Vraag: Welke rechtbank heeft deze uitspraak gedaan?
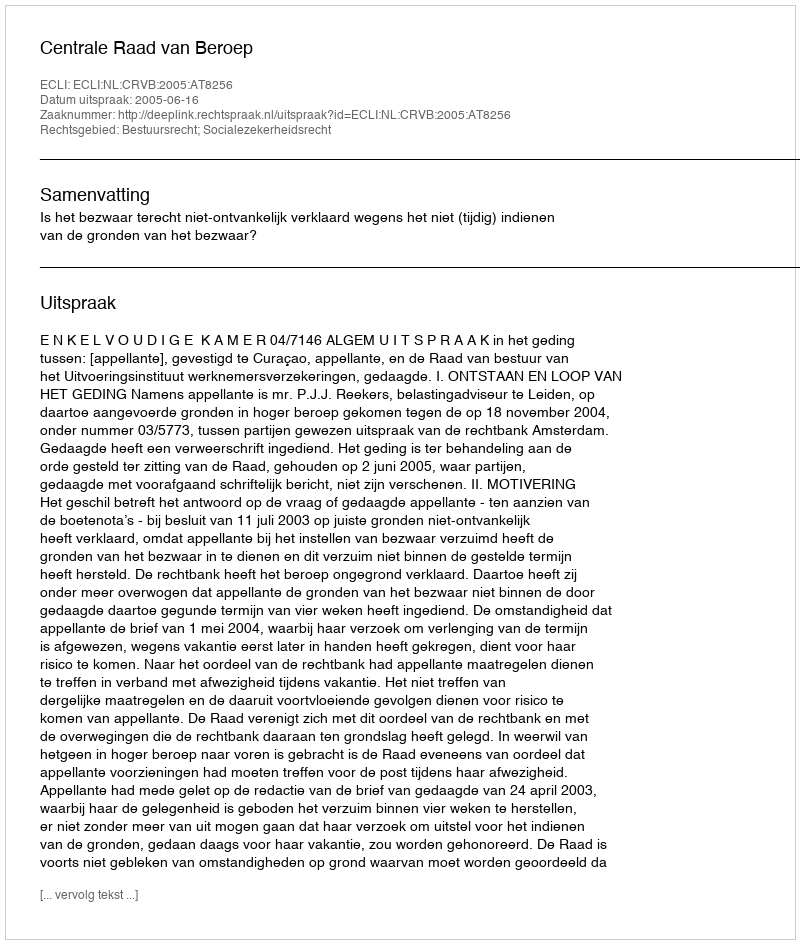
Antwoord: Centrale Raad van Beroep